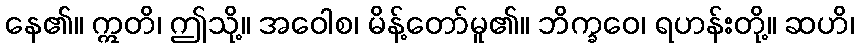
နေ၏။ ဣတိ၊ ဤသို့။ အဝေါစ၊ မိန့်တော်မူ၏။ ဘိက္ခဝေ၊ ရဟန်းတို့။ ဆဟိ၊